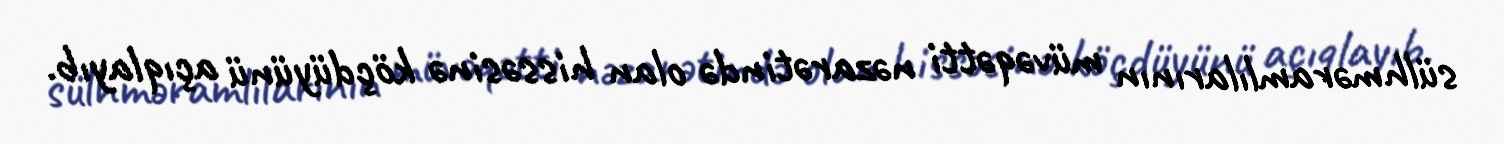
sülhməramlılarının müvəqətti nəzarətində olan hissəsinə köçdüyünü açıqlayıb.